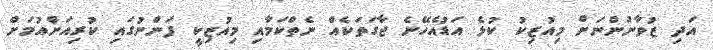
އަދި ޒުވާނުންނަށް މިއުޒިކު ކުޅެ އަޑުއެހޭނެ ޖާގަތަކެއް ނެތްކަމާއި މިއުޒިކީ ފަންނުގައި ކުރިއަށްއުމަށް